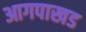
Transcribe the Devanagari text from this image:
आगपाखड